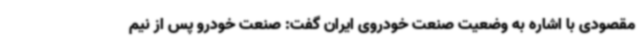
مقصودی با اشاره به وضعیت صنعت خودروی ایران گفت: صنعت خودرو پس از نیم